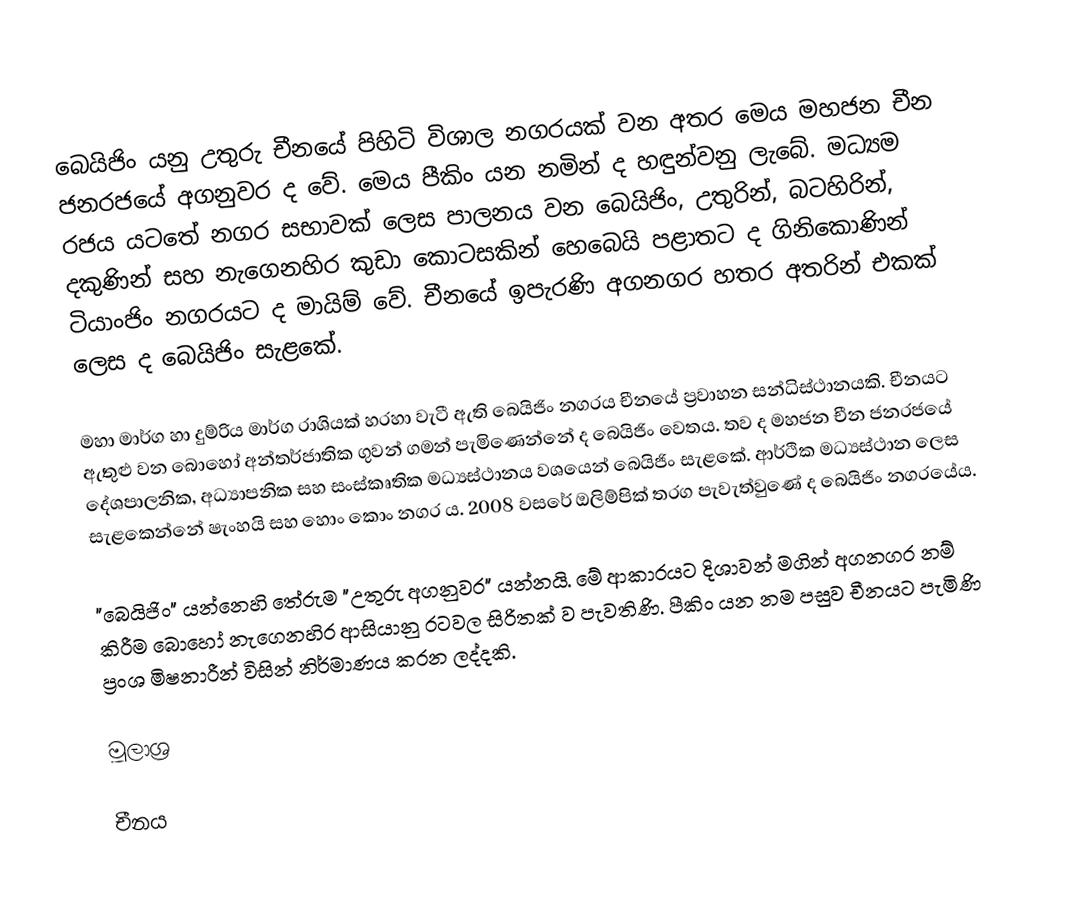
බෙයිජිං යනු උතුරු චීනයේ පිහිටි විශාල නගරයක් වන අතර මෙය මහජන චීන ජනරජයේ අගනුවර ද වේ. මෙය පීකිං යන නමින් ද හඳුන්වනු ලැබේ. මධ්‍යම රජය යටතේ නගර සභාවක් ලෙස පාලනය වන බෙයිජිං, උතුරින්, බටහිරින්, දකුණින් සහ නැගෙනහිර කුඩා කොටසකින් හෙබෙයි පළාතට ද ගිනිකොණින් ටියාංජිං නගරයට ද මායිම් වේ. චීනයේ ඉපැරණි අගනගර හතර අතරින් එකක් ලෙස ද බෙයිජිං සැළකේ.

මහා මාර්ග හා දුම්රිය මාර්ග රාශියක් හරහා වැටී ඇති බෙයිජිං නගරය චීනයේ ප්‍රවාහන සන්ධිස්ථානයකි. චීනයට ඇතුළු වන බොහෝ අන්තර්ජාතික ගුවන් ගමන් පැමිණෙන්නේ ද බෙයිජිං වෙතය. තව ද මහජන චීන ජනරජයේ දේශපාලනික, අධ්‍යාපනික සහ සංස්කෘතික මධ්‍යස්ථානය වශයෙන් බෙයිජිං සැළකේ. ආර්ථික මධ්‍යස්ථාන ලෙස සැළකෙන්නේ ෂැංහයි සහ හොං කොං නගර ය. 2008 වසරේ ඔලිම්පික් තරග පැවැත්වුණේ ද බෙයිජිං නගරයේය.

"බෙයිජිං" යන්නෙහි තේරුම "උතුරු අගනුවර" යන්නයි. මේ ආකාරයට දිශාවන් මගින් අගනගර නම් කිරීම බොහෝ නැගෙනහිර ආසියානු රටවල සිරිතක් ව පැවතිණි. පීකිං යන නම පසුව චීනයට පැමිණි ප්‍රංශ මිෂනාරීන් විසින් නිර්මාණය කරන ලද්දකි.

මූලාශ්‍ර

චීනය